Lunatic asylums Burma 1907-21 - 1907-1921
Year: 1907
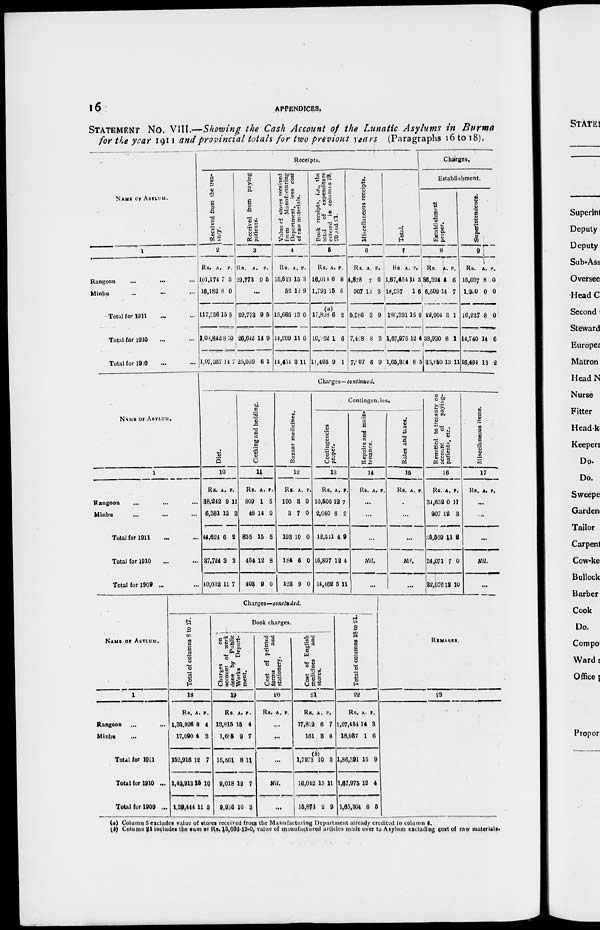
16
APPENDICES.
STATEMENT No. VIII.—Showing the Cash Account of the Lunatic Asylums in Burma
for the year 1911 and provincial totals for two previous years (Paragraphs 16 to 18).
NAME OF ASYLUM.
1
Rangoon
...
...
Minbu ... ...
Total for 1911 ... ...
Total for 1910 ... ...
Total for 1909 ... ...
Receipts.
Received from the trea-
sury.
2
Rs.
101,174
16,182
117,356
1,08,842
1,07,367
A.
7
8
15
8
14
P.
5
0
5
10
7
Received from paying
patients.
3
Rs.
29,773
A.
9
P.
5
...
29,773
26,642
25,069
9
14
6
5
9
1
Value of stores received
from
Manufacturing
Department, less cost
of raw materials.
4
Rs.
15,613
52
15,666
14,209
14,451
A.
15
13
13
11
3
P.
3
9
0
0
11
Book receipts, i.e., the
total
of expenditure
entered in columns 19,
20 and 21.
5
Rs.
16,014
1,793
(a)
17,808
10,152
11,405
A.
6
15
6
1
9
P.
8
6
2
6
1
Miscellaneous receipts.
6
Rs.
4,878
907
5,786
7,428
7,907
A.
7
12
3
8
6
P.
6
3
9
3
9
Total.
7
Rs.
1,67,454
18,937
186,391
1,67,975
1,65,304
A.
11
1
15
12
8
P.
3
6
9
4
5
Charges.
Establishment.
Establishment
proper.
8
Rs.
36,394
6,509
42,904
38,930
35,850
A.
4
14
3
8
13
P.
6
7
1
1
11
Superintendence.
9
Rs.
15,037
l,200
16,237
14,740
16,494
A.
8
0
8
14
13
P.
0
0
0
6
2
NAME OF ASYLUM.
1
Rangoon ... ... ...
Minbu ... ... ...
Total for 1911 ... ...
Total for 1910 ... ...
Total for 1909 ... ...
Charges—continued.
Diet.
10
Rs.
38,242
6,381
44,624
37,724
10,032
A.
9
12
6
3
11
P.
11
8
2
3
7
Clothing and bedding.
11
Rs.
809
46
835
454
403
A.
1
14
15
12
9
P.
5
0
5
8
0
Bazaar medicines.
12
Rs.
190
3
193
184
123
A.
3
7
10
6
9
P.
0
0
0
0
0
Contingencies.
Contingencies
proper.
13
Rs.
10,500
2,040
12,541
16,807
14,462
A.
12
8
4
12
5
P.
7
2
9
4
11
Repairs and main-
tenance.
14
Rs. A. P.
...
...
...
Nil.
...
Rates and taxes.
15
Rs. A. P.
...
...
...
Nil.
...
Remitted to treasury on
account of
paying¬
patients, etc.
16
Rs.
31,652
907
35,559
34,071
82,076
A.
0
12
13
7
12
P.
11
3
2
0
10
Miscellaneous items.
17
Rs. A. P.
...
...
...
Nil.
...
NAME OF ASYLUM.
1
Rangoon
... ...
Minbu ... ...
Total for 1911 ...
Total for 1910 ...
Total for 1909 ...
Charges—concluded.
Total of columns 8 to 17.
18
Rs.
1,35,826
17,090
152,916
1,42,913
1,39,444
A.
8
4
12
15
11
P.
4
3
7
10
5
Book charges.
Charges
on
account of work
done by Public
Works
Depart-
ment.
19
Rs.
13,815
l,685
15,501
9,018
9,966
A.
15
9
8
12
10
P.
4
7
11
7
3
Cost of printed
forms
and
stationery.
20
Rs. A P.
...
...
...
Nil.
...
Cost of English
medicines
and
stores.
21
Rs.
17,812
161
(b)
1,7973
16,042
15,873
A.
6
3
10
15
2
P.
7
8
3
11
9
Total of columns 18 to 21.
22
Rs.
1,67,454
18,937
1,86,391
1,67,975
1,65,304
A.
14
1
15
12
8
P.
3
6
9
4
5
REMARKS.
23
(a) Column 5 excludes value of stores received from the Manufacturing Department already credited in column 4.
(b) Column 21 includes the sum of Rs. 15,666-13-0, value of manufactured articles made over to Asylum excluding cost of raw materials.